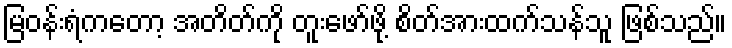
မြဝန်းရံကတော့ အတိတ်ကို တူးဖော်ဖို့ စိတ်အားထက်သန်သူ ဖြစ်သည်။